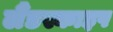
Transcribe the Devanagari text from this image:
लैंडस्काइप